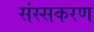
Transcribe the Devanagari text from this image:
संस्सकरण